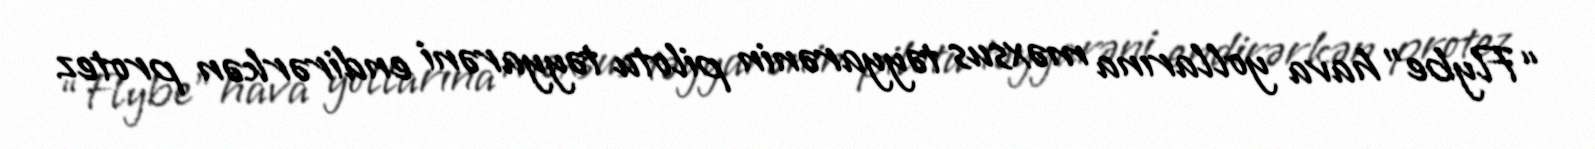
“Flybe” hava yollarına məxsus təyyarənin pilotu təyyarəni endirərkən protez